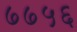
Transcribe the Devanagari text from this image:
७७५६